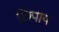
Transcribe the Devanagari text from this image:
छिपाय